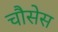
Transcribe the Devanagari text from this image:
चौसेस